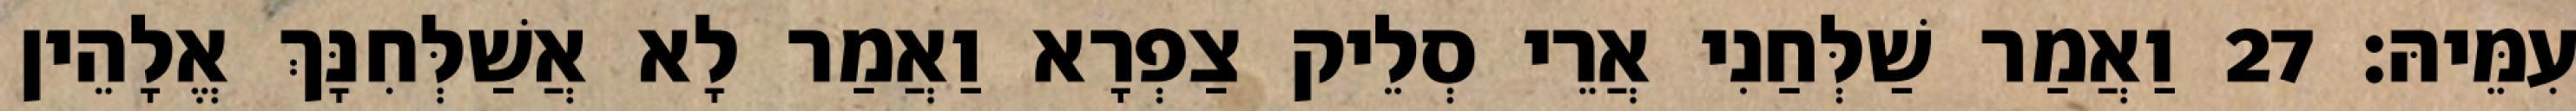
עִמֵּיהּ׃ 27 וַאֲמַר שַׁלְּחַנִי אֲרֵי סְלֵיק צַפְרָא וַאֲמַר לָא אֲשַׁלְּחִנָּךְ אֱלָהֵין